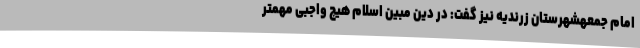
امام جمعهشهرستان زرندیه نیز گفت: در دین مبین اسلام هیچ واجبی مهمتر